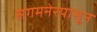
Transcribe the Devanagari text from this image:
संगमनेरपासून